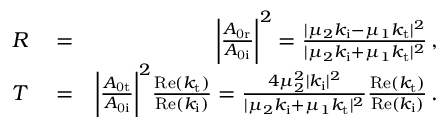
\begin{array} { r l r } { R } & { { } = } & { \bigg | \frac { A _ { \mathrm { 0 r } } } { A _ { \mathrm { 0 i } } } \bigg | ^ { 2 } = \frac { | \mu _ { 2 } k _ { \mathrm { i } } - \mu _ { 1 } k _ { \mathrm { t } } | ^ { 2 } } { | \mu _ { 2 } k _ { \mathrm { i } } + \mu _ { 1 } k _ { \mathrm { t } } | ^ { 2 } } \, , } \\ { T } & { { } = } & { \bigg | \frac { A _ { \mathrm { 0 t } } } { A _ { \mathrm { 0 i } } } \bigg | ^ { 2 } \frac { \mathrm { R e } ( k _ { \mathrm { t } } ) } { \mathrm { R e } ( k _ { \mathrm { i } } ) } = \frac { 4 \mu _ { 2 } ^ { 2 } | k _ { \mathrm { i } } | ^ { 2 } } { | \mu _ { 2 } k _ { \mathrm { i } } + \mu _ { 1 } k _ { \mathrm { t } } | ^ { 2 } } \frac { \mathrm { R e } ( k _ { \mathrm { t } } ) } { \mathrm { R e } ( k _ { \mathrm { i } } ) } \, . } \end{array}